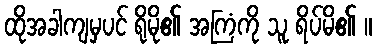
ထိုအခါကျမှပင် ရိုမို၏ အကြံကို သူ ရိပ်မိ၏ ။